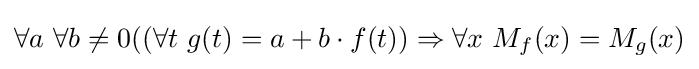
\forall a\ \forall b\neq 0((\forall t\ g(t)=a+b\cdot f(t))\Rightarrow \forall x\ M_{f}(x)=M_{g}(x)